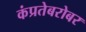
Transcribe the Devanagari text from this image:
कंप्रतेबरोबर